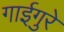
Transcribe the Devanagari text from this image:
गाईगुरे